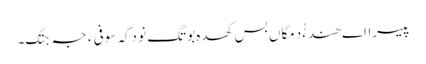
پیسرااے ھندءُُ دمگاں بس کھدہ بوتگ نو دگہ سوفی ءَ جہ جتگ۔